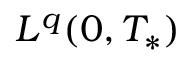
L ^ { q } ( 0 , T _ { * } )